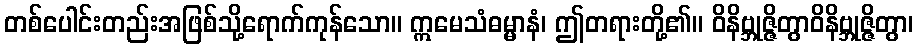
တစ်ပေါင်းတည်းအဖြစ်သို့ရောက်ကုန်သော။ ဣမေသံဓမ္မာနံ၊ ဤတရားတို့၏။ ဝိနိဗ္ဘုဇ္ဇိတွာဝိနိဗ္ဘုဇ္ဇိတွာ၊